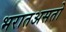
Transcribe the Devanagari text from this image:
भरातअसतो